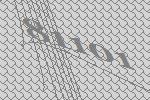
81101